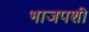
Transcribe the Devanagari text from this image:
भाजपशी